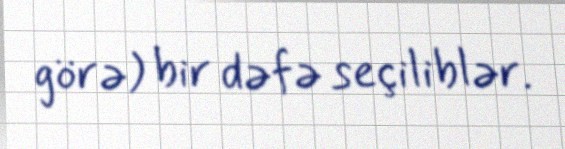
görə) bir dəfə seçiliblər.